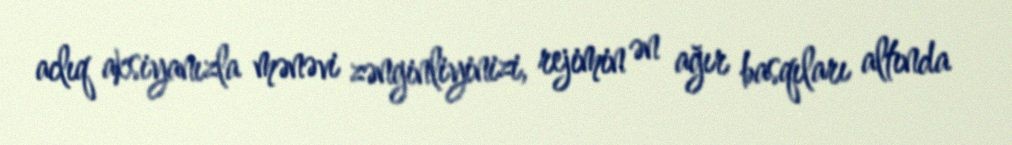
aclıq aksiyanızla mənəvi zənginliyinizi, rejimin ən ağır basqıları altında